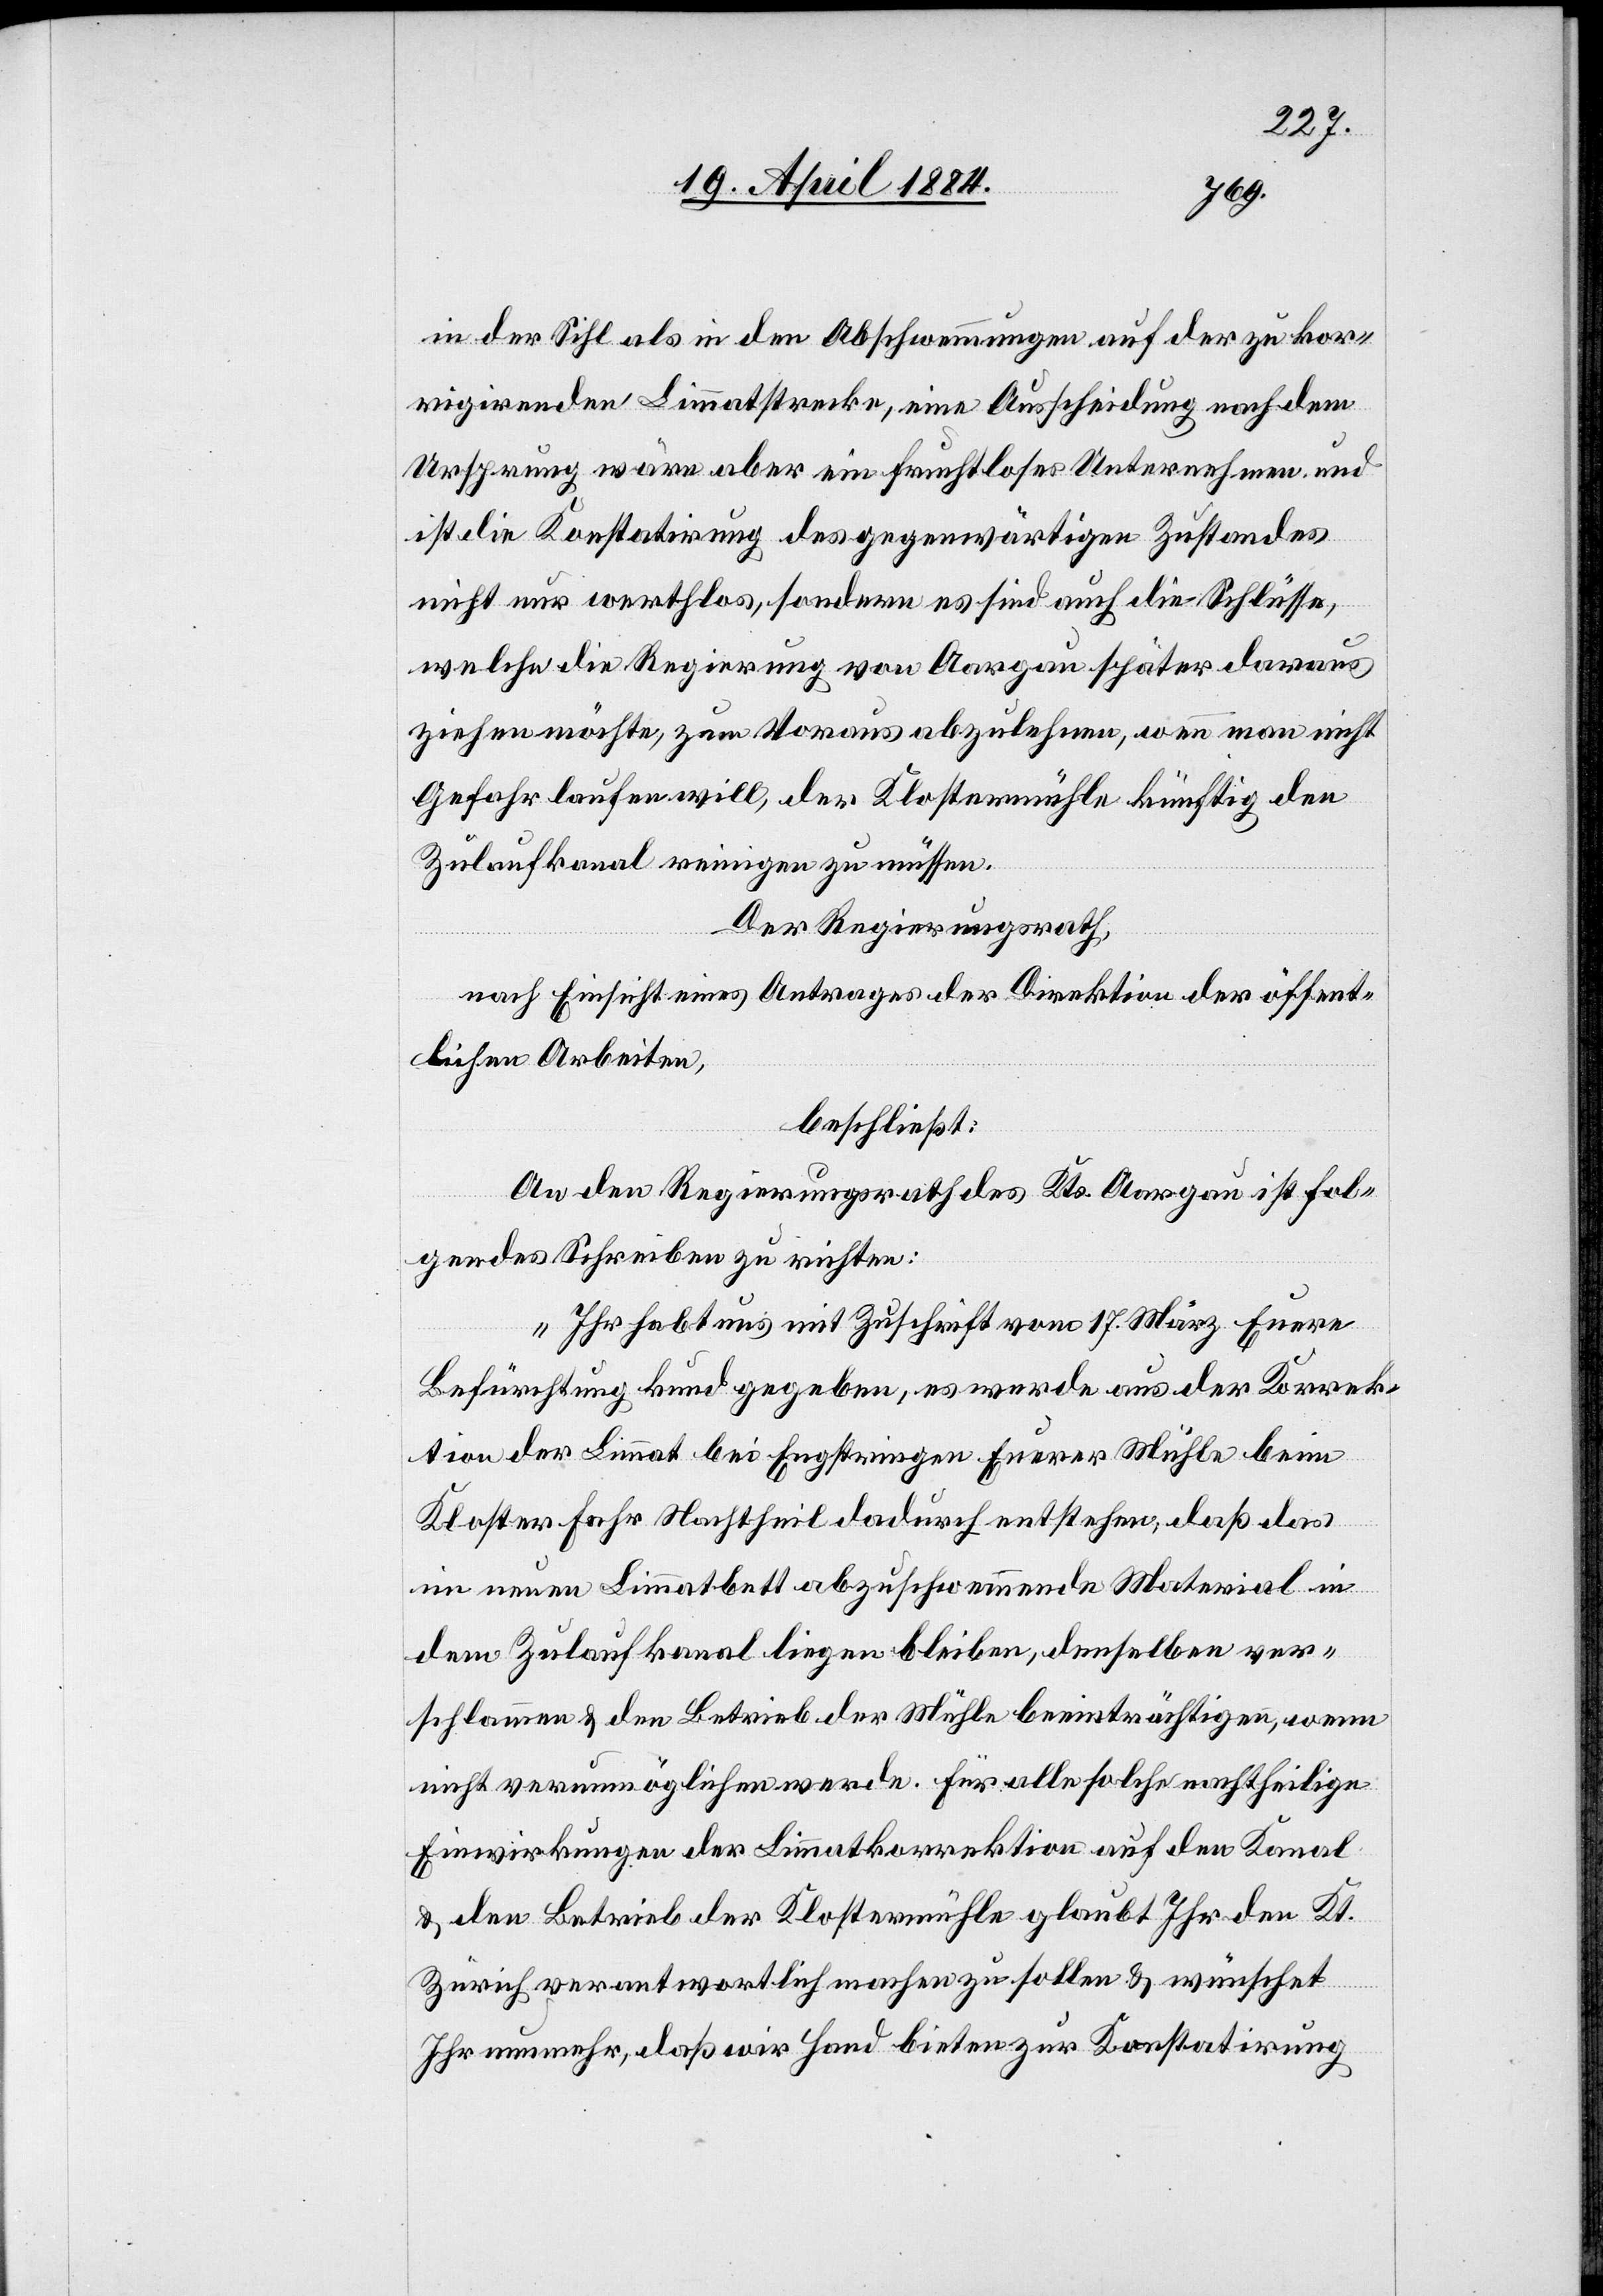
in der Sihl als in den Abschwemmungen auf der zu kor¬
rigirenden Limmatstrecke, eine Ausscheidung nach dem
Ursprung wäre aber ein fruchtloses Unternehmen und
ist die Konstatirung des gegenwärtigen Zustandes
nicht nur werthlos, sondern es sind auch die Schlüsse,
welche die Regierung von Aargau später daraus
ziehen möchte, zum Voraus abzulehnen, wenn man nicht
Gefahr laufen will, der Klostermühle künftig den
Zulaufkanal reinigen zu müssen.
Der Regierungsrath,
nach Einsicht eines Antrages der Direktion der öffent¬
lichen Arbeiten,
beschließt:
An den Regierungsrath des Kts. Aargau ist fol¬
gendes Schreiben zu richten:
„Ihr habt uns mit Zuschrift vom 17. März Euere
Befürchtung kund gegeben, es werde aus der Korrek¬
tion der Limmat bei Engstringen Euerer Mühle beim
Kloster Fahr Nachtheil dadurch entstehen, daß das
im neuen Limmatbett abzuschwemmende Material in
dem Zulaufkanal liegen bleiben, denselben ver¬
schlammen & den Betrieb der Mühle beeinträchtigen, wenn
nicht verunmöglichen werde. Für alle solche nachtheiligen
Einwirkungen der Limmatkorrektion auf den Kanal
& den Betrieb der Klostermühle glaubt Ihr den Kt.
Zürich verantwortlich machen zu sollen & wünschet
Ihr nunmehr, daß wir Hand bieten zur Konstatirung